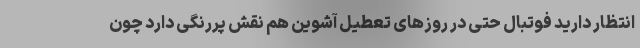
انتظار دارید فوتبال حتی در روزهای تعطیل آشوین هم نقش پررنگی دارد چون